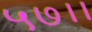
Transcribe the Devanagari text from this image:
५७।।